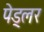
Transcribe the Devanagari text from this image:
पेड्लर